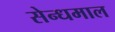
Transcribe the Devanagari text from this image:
सेन्धमाल